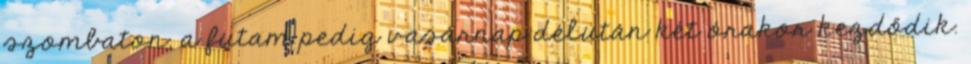
szombaton, a futam pedig vasárnap délután két órakor kezdődik.